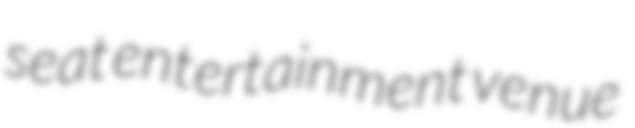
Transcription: seat entertainment venue